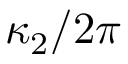
\kappa _ { 2 } / 2 \pi